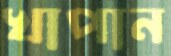
খাপান